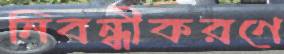
নিবন্ধীকরণে